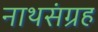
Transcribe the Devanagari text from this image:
नाथसंग्रह